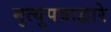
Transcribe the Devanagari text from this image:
मृत्युपत्राद्वारे